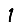
Digit: 1